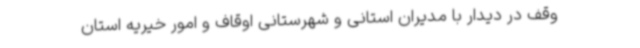
وقف در دیدار با مدیران استانی و شهرستانی اوقاف و امور خیریه استان